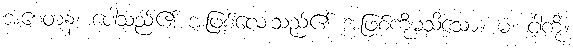
အစေတနံ၊ ပေါ့သည်၏ အဖြစ်လေးသည်၏ အဖြစ်ကိုမသိသော။ မံ၊ ငါ့ကို။